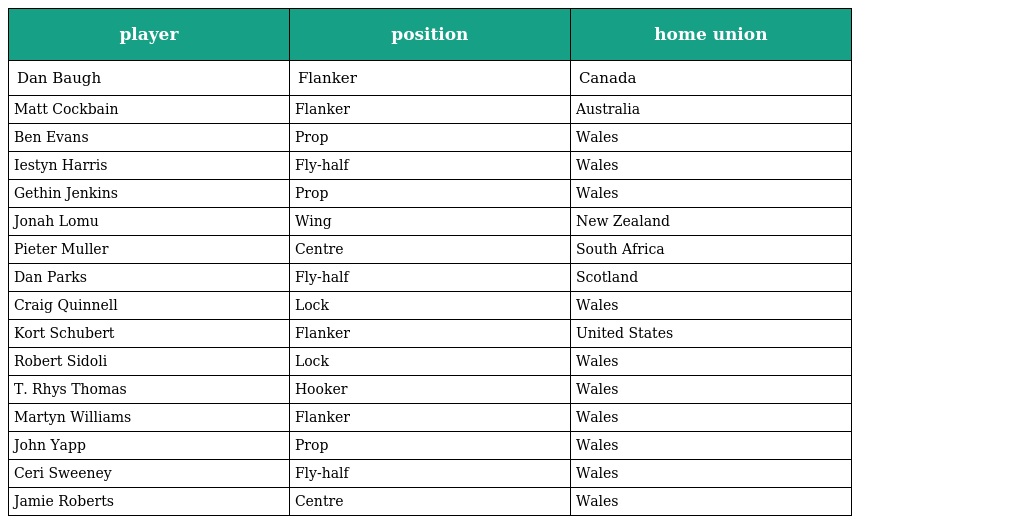
| player | position | home union |
 | --- | --- | --- |
 | Dan Baugh | Flanker | Canada |
 | Matt Cockbain | Flanker | Australia |
 | Ben Evans | Prop | Wales |
 | Iestyn Harris | Fly-half | Wales |
 | Gethin Jenkins | Prop | Wales |
 | Jonah Lomu | Wing | New Zealand |
 | Pieter Muller | Centre | South Africa |
 | Dan Parks | Fly-half | Scotland |
 | Craig Quinnell | Lock | Wales |
 | Kort Schubert | Flanker | United States |
 | Robert Sidoli | Lock | Wales |
 | T. Rhys Thomas | Hooker | Wales |
 | Martyn Williams | Flanker | Wales |
 | John Yapp | Prop | Wales |
 | Ceri Sweeney | Fly-half | Wales |
 | Jamie Roberts | Centre | Wales |